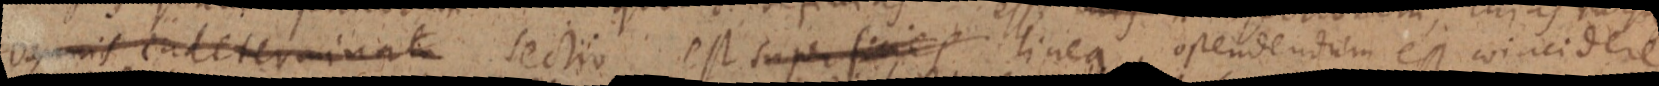
omnis indeterminata sectio est superficies linea, ostendendum est coincidere